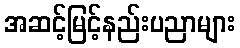
အဆင့်မြင့်နည်းပညာများ